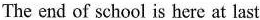
The end of school is here at last